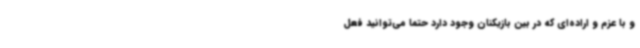
و با عزم و اراده‌ای که در بین بازیکنان وجود دارد حتما می‌توانید فعل